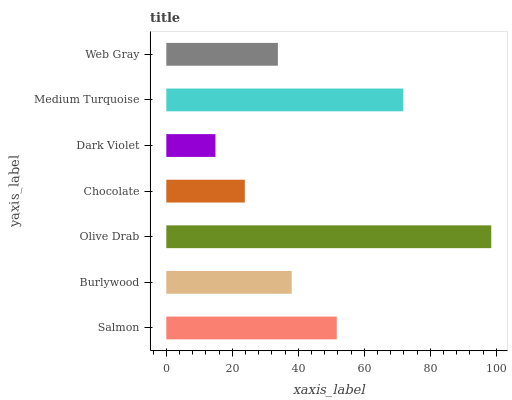
| yaxis_label | bars |
 | --- | --- |
 | Salmon | 51.7 |
 | Burlywood | 38 |
 | Olive Drab | 98.5 |
 | Chocolate | 23.8 |
 | Dark Violet | 14.9 |
 | Medium Turquoise | 71.8 |
 | Web Gray | 33.8 |